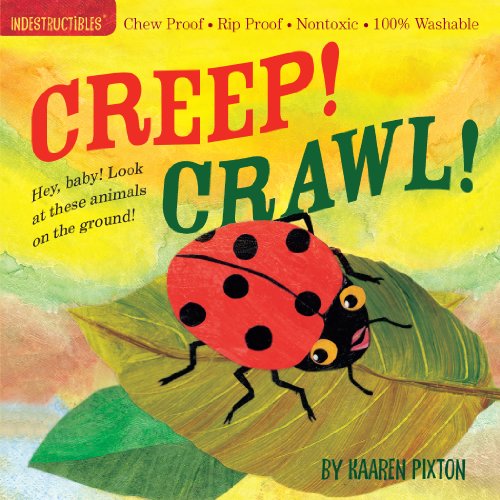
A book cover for Indestructibles Creep! Crawl!; Kaaren Pixton; Children's Books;